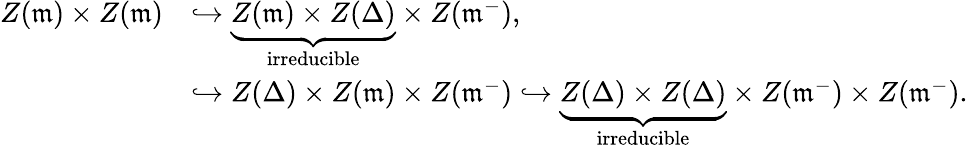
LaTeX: \begin{array}{rl}{Z(\mathfrak{m})\times Z(\mathfrak{m})}&{\hookrightarrow\underbrace{Z(\mathfrak{m})\times Z(\Delta)}_{\mathrm{irreducible}}\times Z(\mathfrak{m}^{-}),}\\ &{\hookrightarrow Z(\Delta)\times Z(\mathfrak{m})\times Z(\mathfrak{m}^{-})\hookrightarrow\underbrace{Z(\Delta)\times Z(\Delta)}_{\mathrm{irreducible}}\times Z(\mathfrak{m}^{-})\times Z(\mathfrak{m}^{-}).}\end{array}